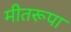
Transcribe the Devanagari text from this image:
मीतरूपा